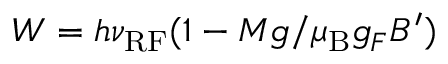
W = h \nu _ { \mathrm { R F } } ( 1 - M g / \mu _ { \mathrm { B } } g _ { F } B ^ { \prime } )